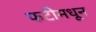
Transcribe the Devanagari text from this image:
फटीमधून